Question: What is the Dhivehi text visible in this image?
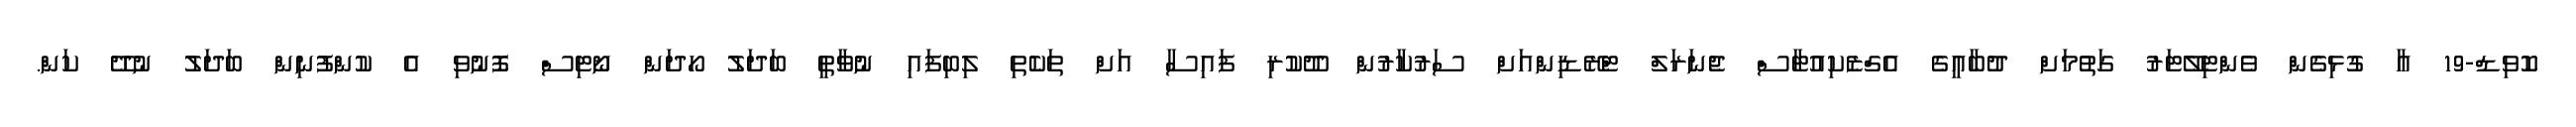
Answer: ކޮވިޑް-19 އާ ގުޅިގެން ވެންޓިލޭޓަރު ގަތުމަށް ދުބާއީގެ އެގްޒެކިއުޓާސް ޖެނަރަލް ޓްރޭޑިންއަށް ސަރުކާރުން ދޫކުރި ފައިސާ އަށް ތަކެތި ލިބިފައި ނުވާތީ ބަދަލު ހޯދަން ނޯޓިސް ފޮނުވި އެ ކުންފުނިން ބަދަލު ނުދޭ ކަން.